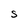
Character: S